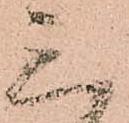
三